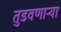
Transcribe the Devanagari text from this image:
तुडवणाऱ्या